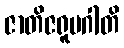
ဇာတိဇရူပဂါတိ